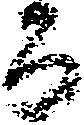
百